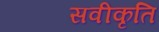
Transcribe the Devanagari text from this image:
सवीकृति